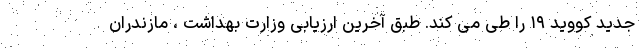
جدید کووید ۱۹ را طی می کند. طبق آخرین ارزیابی وزارت بهداشت ، مازندران